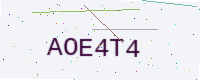
Text: AOE4T4